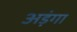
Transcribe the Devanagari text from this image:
अड़ंगा